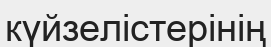
күйзелістерінің